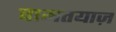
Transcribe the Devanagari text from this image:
वामतयाज़